Tezpur Lunatic Asylum reports 1877-1894 - 1877-1894
Year: 1877
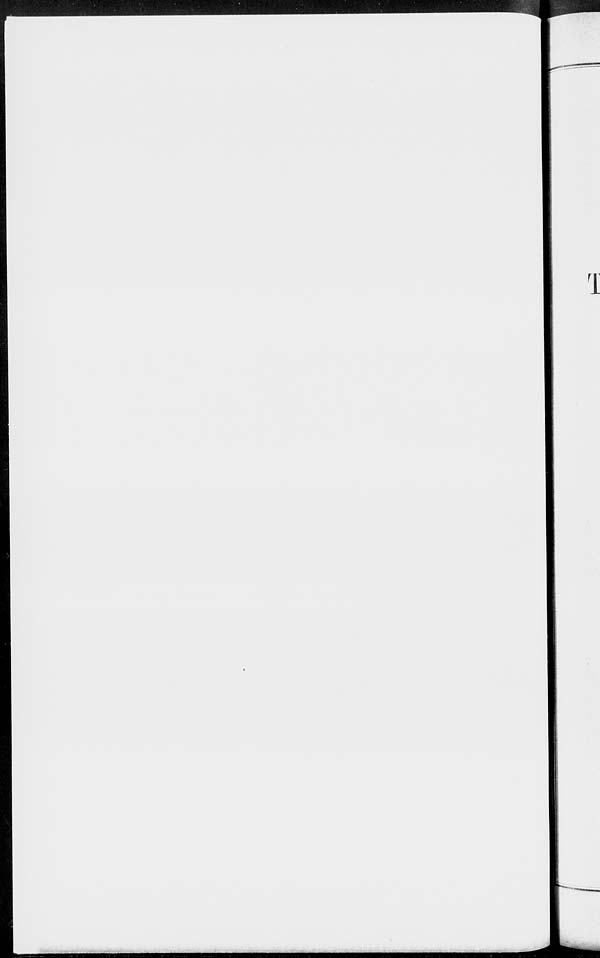
1
BJO
am